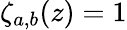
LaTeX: \zeta_{a,b}(z)=1